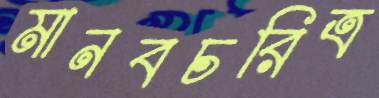
মানবচরিত্র